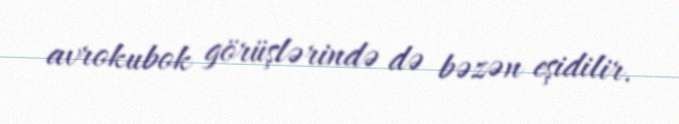
avrokubok görüşlərində də bəzən eşidilir.